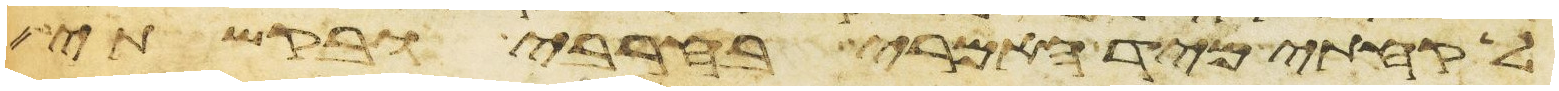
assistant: לקחתי מיד האמרי בחרבי ובקשתי